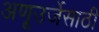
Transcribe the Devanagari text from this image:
अणूउर्जेसाठी